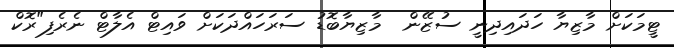
ޓީމަކަށް މާޒިޔާ ހަދައިދިނީ ސުޒޭން  މާޒިޔާބޮޑު ސަރަހައްދަކަށް ވައިޓް އެލާޓް ނެރެފި"ރޮކް